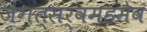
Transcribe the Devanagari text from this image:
जगत्सर्वमहमेव